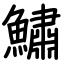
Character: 鱐